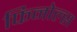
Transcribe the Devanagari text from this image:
फिनोल्स